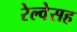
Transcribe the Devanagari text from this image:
रेल्वेसह